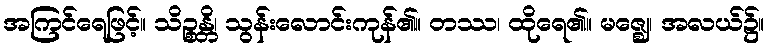
အကြင်ရေဖြင့်။ သိဉ္စန္တိ၊ သွန်းလောင်းကုန်၏။ တဿ၊ ထိုရေ၏။ မဇ္ဈေ၊ အလယ်၌။